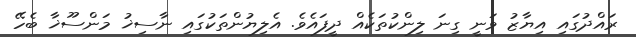
ރައްދުގައި އިޔާޒު ވަނީ ގިނަ ލިންކުތަކެއް ދީފައެވެ. އެލިޔުންތަކުގައި ނާސިޚު މަންސޫޚާ ބެހޭ